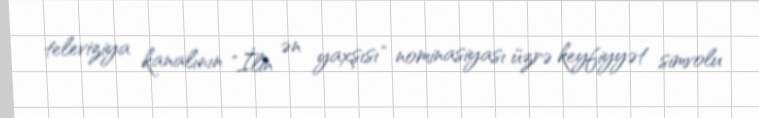
televiziya kanalının "İlin ən yaxşısı" nominasiyası üzrə keyfiyyət simvolu